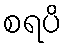
စရပိ